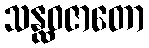
သန္ထဝဇာတော